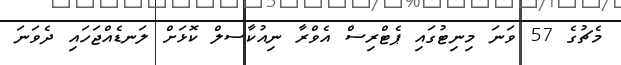
މެޗުގެ 57 ވަނަ މިނިޓުގައި ޕެޓްރިސް އެވްރާ ނިއުކާސލް ކޮޅަށް ލަނޑެއްޖަހައި ދެވަނަ